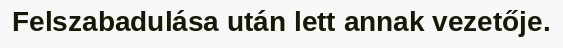
Felszabadulása után lett annak vezetője.